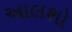
આલશો